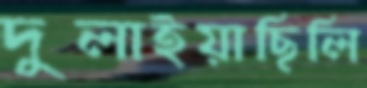
দুলাইয়াছিলি